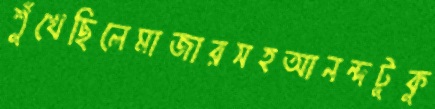
শুঁখেছিলেমাজারসহআনন্দটুকু